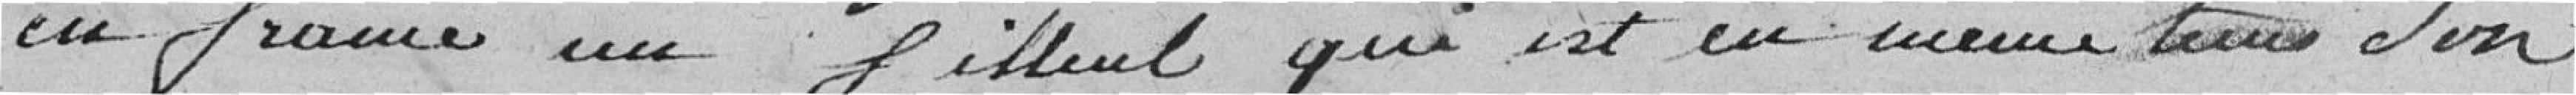
en France un filleul qui est en même temps son